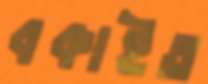
বকাইত